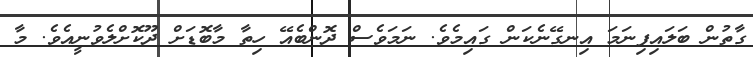
ގާތުން ބަލައިފިނަމަ އިނގޭނެކަން ގައިމެވެ. ނަމަވެސް ދޮންބެއޭ ހިތާ މާބޮޑަށް ދޫކޮށްލެވުނީއެވެ. މާ